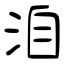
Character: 洎